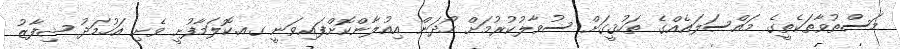
މަސްތުވާތަކެތީގެ މައްސަލައެއްގެ ތަހުޤީގަށް ސުވާލުކުރުމަށް ހޯދަން އިއުލާންކޮށްފައިވަނީ ގއ.ކޮލަމާފުށީ ވެށި އަހުމަދު ޝިފާޒު